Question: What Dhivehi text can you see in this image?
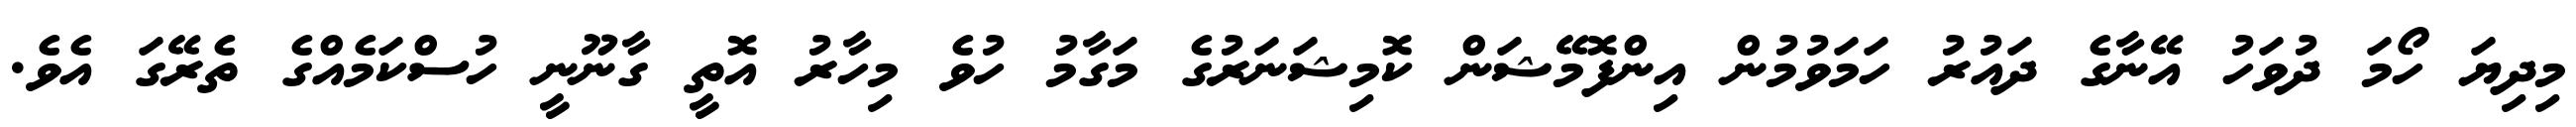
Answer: މިދިޔަ ހޯމަ ދުވަހު އޭނާގެ ދައުރު ހަމަވުމުން އިންފޮމޭޝަން ކޮމިޝަނަރުގެ މަގާމު ހުވެ މިހާރު އޮތީ ގާނޫނީ ހުސްކަމެއްގެ ތެރޭގަ އެވެ.